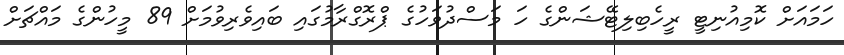
ހަމައަށް ކޮމިއުނިޓީ ރީހެބިލިޓޭޝަންގެ ހަ މަސްދުވަހުގެ ޕްރޮގްރާމުގައި ބައިވެރިވުމަށް 89 މީހުންގެ މައްޗަށް